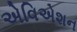
એવિએશન